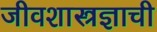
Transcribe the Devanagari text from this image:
जीवशास्त्रज्ञाची